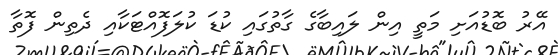
އޭރު ބޮޑުއަށި މަތީ އިން ލައިބާގެ ގާތުގައި ކުޑަ ކުލަފޮއްޓަކާއި ދެތިން ފޮތާ